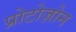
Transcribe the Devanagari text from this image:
प्रोटोज़ोन